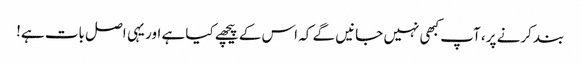
بند کرنے پر، آپ کبھی نہیں جانیں گے کہ اس کے پیچھے کیا ہے اور یہی اصل بات ہے!